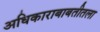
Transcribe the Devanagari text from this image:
अधिकाराबाबतीतला